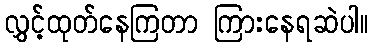
လွှင့်ထုတ်နေကြတာ ကြားနေရဆဲပါ။